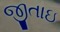
જીતાઇ